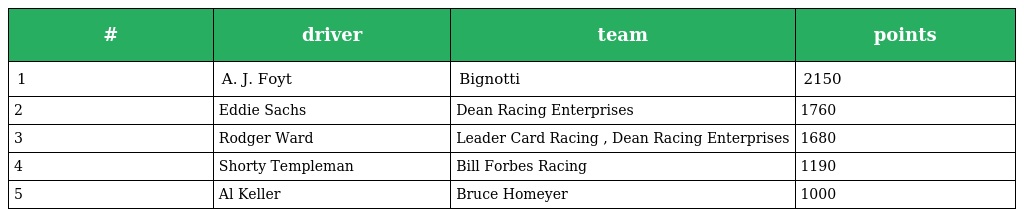
| # | driver | team | points |
 | --- | --- | --- | --- |
 | 1 | A. J. Foyt | Bignotti | 2150 |
 | 2 | Eddie Sachs | Dean Racing Enterprises | 1760 |
 | 3 | Rodger Ward | Leader Card Racing , Dean Racing Enterprises | 1680 |
 | 4 | Shorty Templeman | Bill Forbes Racing | 1190 |
 | 5 | Al Keller | Bruce Homeyer | 1000 |